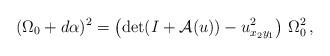
LaTeX: \begin{align*}(\Omega_0+d\alpha)^2=\left(\det(I+\mathcal{A}(u))-u_{x_2y_1}^2\right)\,\Omega_0^2\,,\end{align*}